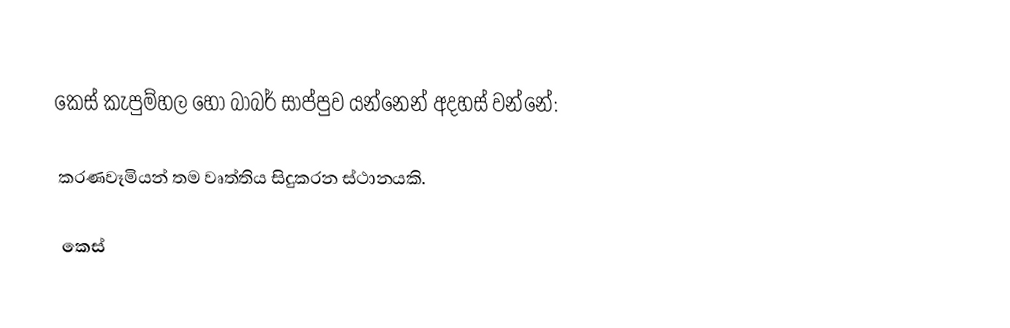
කෙස් කැපුම්හල හෝ බාබර් සාප්පුව යන්නෙන් අදහස් වන්නේ:

 කරණවෑමියන් තම වෘත්තිය සිදුකරන ස්ථානයකි.

කෙස්